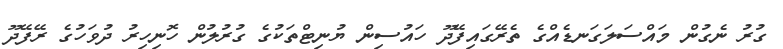
ގުރު ނެގުން މައްސަލަގަނޑެއްގެ ތެރޭގައިފޭދޫ ހައުސިން ޔުނިޓްތަކުގެ ގުރުލުން ހޮނިހިރު ދުވަހުގެ ރޭފޭދޫ